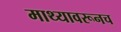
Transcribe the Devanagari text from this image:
माथ्यावरूनच